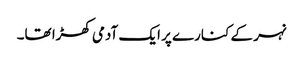
نہر کے کنارے پر ایک آدمی کھڑا تھا۔